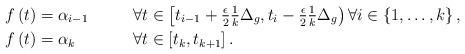
LaTeX: \begin{align*}f \left( t \right) &= \alpha_{i-1} & &\, \forall t \in \left[ t_{i-1} + \tfrac{\epsilon}{2} \tfrac{1}{k} \Delta_{g} , t_{i} - \tfrac{\epsilon}{2} \tfrac{1}{k} \Delta_{g} \right) \forall i \in \left\lbrace 1 , \ldots , k \right\rbrace,\\f \left( t \right) &= \alpha_{k} & &\, \forall t \in \left[ t_{k} , t_{k+1} \right].\end{align*}